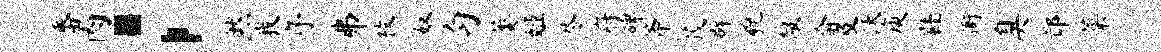
番肉；然我序井枚奴匀萎姬尽府碑斧茂辟貌赧俞及沃庾鞋衙臭邙菜